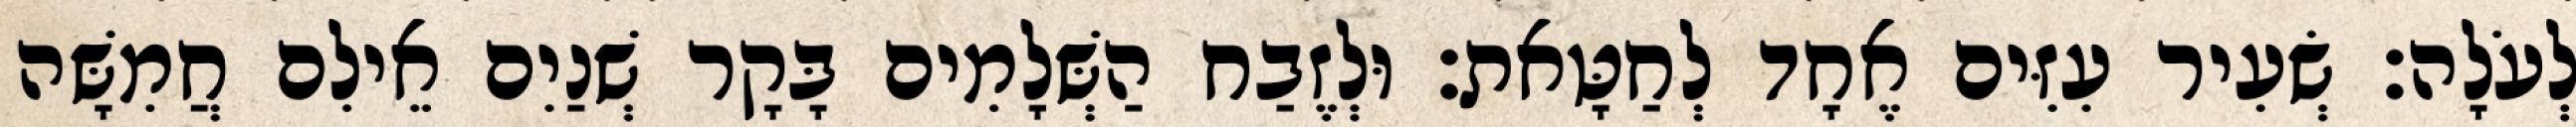
לְעֹלָה׃ שְׂעִיר עִזִּים אֶחָד לְחַטָּאת׃ וּלְזֶבַח הַשְּׁלָמִים בָּקָר שְׁנַיִם אֵילִם חֲמִשָּׁה